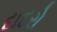
દાદરો